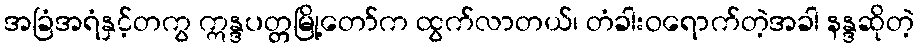
အခြံအရံနှင့်တကွ ဣန္ဒပတ္တမြို့တော်က ထွက်လာတယ်၊ တံခါးဝရောက်တဲ့အခါ နန္ဒဆိုတဲ့